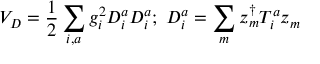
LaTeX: V _ { D } = \frac { 1 } { 2 } \sum _ { i , a } g _ { i } ^ { 2 } D _ { i } ^ { a } D _ { i } ^ { a } ; ~ D _ { i } ^ { a } = \sum _ { m } z _ { m } ^ { \dagger } T _ { i } ^ { a } z _ { m }